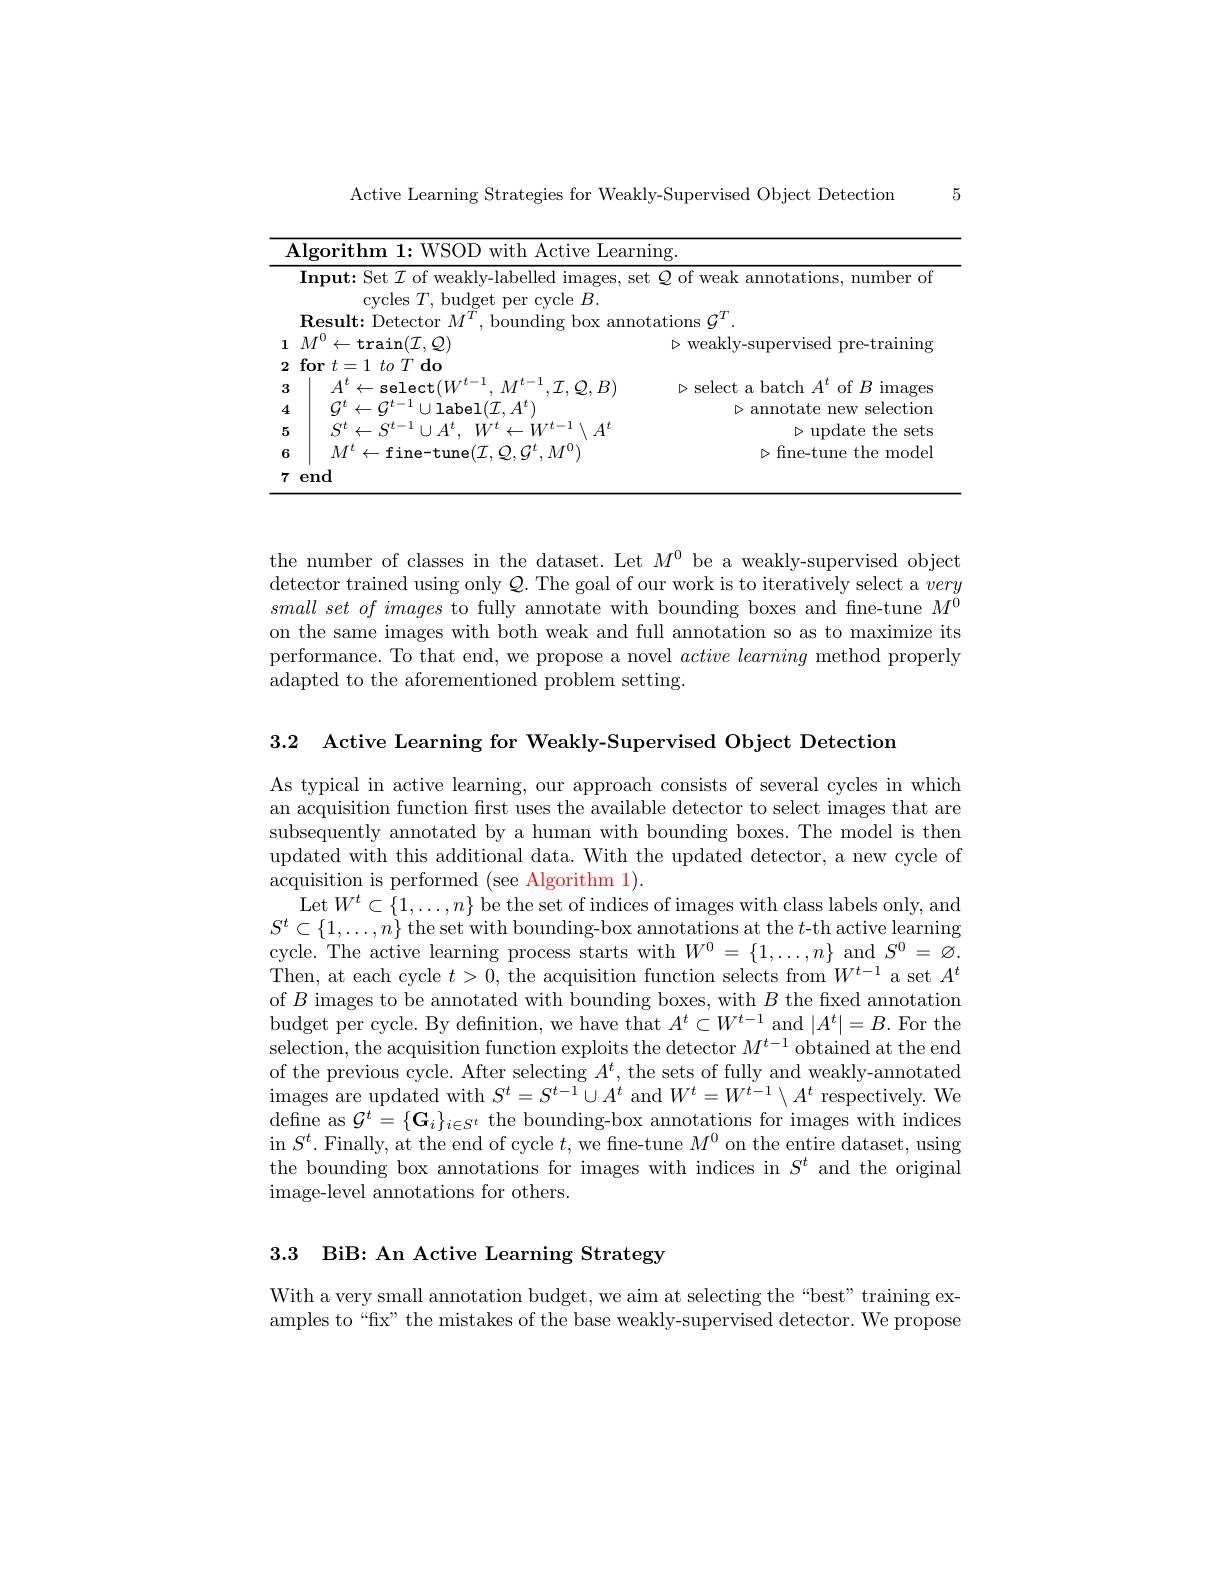
5

Active Learning Strategies for Weakly-Supervised Object Detection

<table>
	<tbody>
		<tr>
			<td>Algorithm 1: WSOD with Active Lea</td>
			<td>$\operatorname{rning}.$</td>
		</tr>
		<tr>
			<td>$\textbf{Input: Set }\mathcal{I}$ of weakly-labelled images, $\operatorname{cycles}T$,budget per cycle $B.$</td>
			<td>set $\mathcal{Q}$ of weak annotations, number o</td>
		</tr>
		<tr>
			<td>3</td>
			<td>$\triangleright$select a batch $A^t$ of $B$ images</td>
		</tr>
		<tr>
			<td>$abel(\mathcal{T}.A^{t})$ T</td>
			<td>$\triangleright$annotate new selectior</td>
		</tr>
		<tr>
			<td>$S^{t}\leftarrow S^{t-1}\cup A^{t}.$ $W^{t}$ $\leftarrow W^{t-}$ $A^{i}$ 5 1</td>
			<td>$\triangleright$update the sets</td>
		</tr>
		<tr>
			<td>$M^{t}\leftarrow$fine-tune$(\mathcal{I},\mathcal{Q},\mathcal{G}^{t},M^{0})$ 6</td>
			<td>$\triangleright$fine-tune the mode</td>
		</tr>
		<tr>
			<td>end</td>
			<td> </td>
		</tr>
	</tbody>
</table>

the number of classes in the dataset. Let $M^0$ be a weakly-supervised object detector trained using only $Q.$ The goal of our work is to iteratively select a very $small\textit{ set of images to fully annotate with bounding boxes and fine- tune }M^0$ on the same images with both weak and full annotation so as to maximize its performance. To that end, we propose a novel $active\textit{learning method properly}$ adapted to the aforementioned problem setting.

$\mathrm{Huy~V. ~Vo}^{1, 2}$ $\mathrm{Oriane~Sim\acute{e} oni}^{2}$ $\mathrm{Spyros~Gidaris}^{2}$ $\mathrm{Andrei~Bursuc}^{2}\mathrm{Patrick~P\acute{e} rez}^{2}$ $\mathrm{Jean~Ponce}^{1, 3}3. 2$ Active Learning for Weakly-Supervised Object Detection

As typical in active learning, our approach consists of several cycles in which an acquisition function furst uses the available detector to select images that are subsequently annotated by a human with bounding boxes. The model is then updated with this additional data. With the updated detector, a new cycle of acquisition is performed (see Algorithm 1).
Let $W^t\subset\{1,\ldots,n\}$ be the set of indices of images with class labels only, and $S^{t}\subset\{1,\ldots,n\}$ the set with bounding-box annotations at the $t$-th active learning cycle. The active learning process starts with $W^0=\{1,\ldots,n\}$ and $S^0=\varnothing.$ Then, at each cycle $t>0$, the acquisition function selects from $W^t-1$ a set $A^t$ of $B$ images to be annotated with bounding boxes, with $B$ the fixed annotation budget per cycle. By definition, we have that $A^t\subset W^{t-1}$ and $|A^t|=B.$ For the selection, the acquisition function exploits the detector $M^t-1$ obtained at the end of the previous cycle. After selecting $A^t$, the sets of fully and weakly-annotated $\operatorname*{images~are~updated~with~}S^{t}=S^{t-1}\cup A^{t}$ and $W^t=W^{t-1}\setminus A^{t}$ respectively. We define as $\mathcal{G}^t=\{\mathbf{G}_i\}_{i\in S^t}$ the bounding-box annotations for images with indices in $S^t.$ Finally, at the end of cycle $t$, we fine-tune $M^0$ on the entire dataset, using the bounding box annotations for images with indices in $S^t$ and the original image-level annotations for others.

3.3 BiB: An Active Learning Strategy

With a very small annotation budget, we aim at selecting the“best” training examples to“fix” the mistakes of the base weakly-supervised detector. We propose